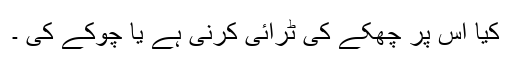
کیا اس پر چھکے کی ٹرائی کرنی ہے یا چوکے کی ۔